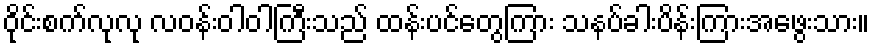
ဝိုင်းစက်လုလု လဝန်းဝါဝါကြီးသည် ထန်းပင်တွေကြား သနပ်ခါးပိန်းကြားအဖွေးသား။